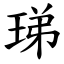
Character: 珶